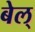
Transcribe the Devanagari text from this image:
बेल्